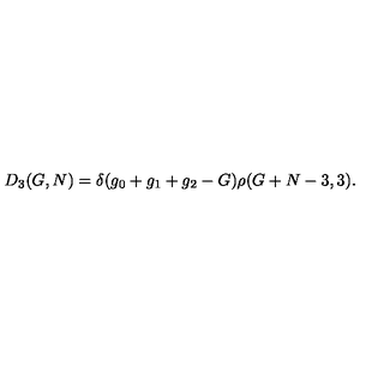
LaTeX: D _ { 3 } ( G , N ) = \delta ( g _ { 0 } + g _ { 1 } + g _ { 2 } - G ) \rho ( G + N - 3 , 3 ) .